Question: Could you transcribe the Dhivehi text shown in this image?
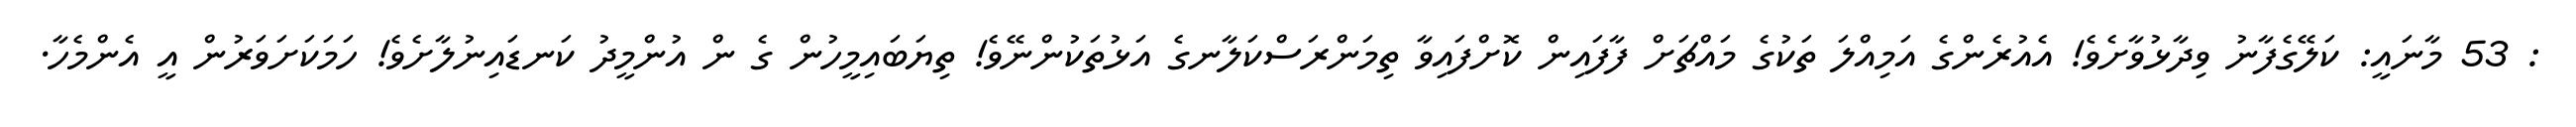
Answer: : 53 މާނައީ: ކަލޭގެފާނު ވިދާޅުވާށެވެ! އެއުރެންގެ އަމިއްލަ ތަކުގެ މައްޗަށް ފާފައިން ކޮށްފައިވާ ތިމަންރަސްކަލާނގެ އަޅުތަކުންނޭވެ! ތިޔަބައިމީހުން ގެ ން އުންމީދު ކަނޑައިނުލާށެވެ! ހަމަކަށަވަރުން އީ އެންމެހާ.